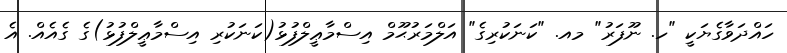
ހައްދަވާގެޔަކީ "ހ. ނޫފަރު" މއ. "ކަނަކުރިގެ" އަލްމަރުޙޫމް އިސްމާޢީލްފުޅު(ކަނަކުރި އިސްމާޢީލްފުޅު)ގެ ގެއެއް. އެ